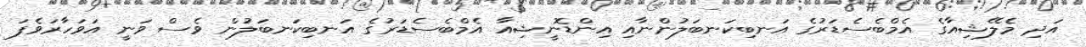
އަދި މެލޭޝިއާގެ އެމްބެސެޑަރުގެ އަނބިކަނބަލުންނާއި އިންޑޮނީޝިއާ އެމްބެސެޑަރުގެ އަނބިކަނބަލުން ވެސް ވަނީ އަވަހާރަވެފަ